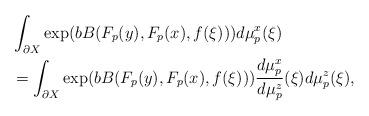
LaTeX: \begin{align*}& \int_{\partial X} \exp(bB(F_p(y), F_p(x), f(\xi))) d\mu^x_p(\xi) \\& = \int_{\partial X} \exp(bB(F_p(y), F_p(x), f(\xi))) \frac{d\mu^x_p}{d\mu^z_p}(\xi) d\mu^z_p(\xi), \\\end{align*}